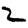
Digit: 2